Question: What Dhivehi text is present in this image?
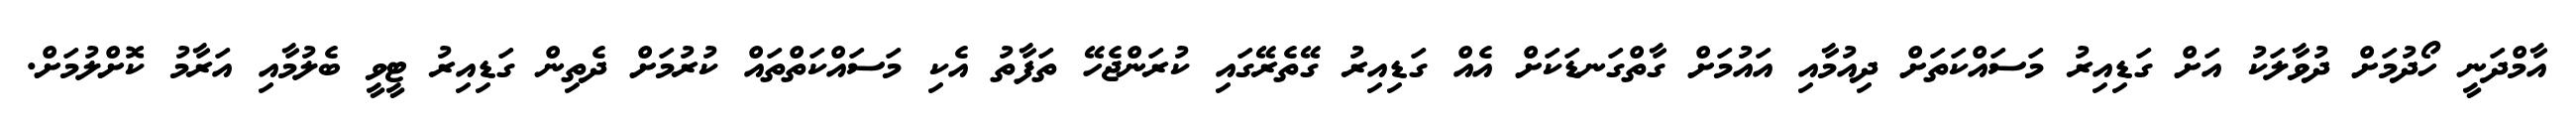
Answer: އާމްދަނީ ހޯދުމަށް ދުވާލަކު އަށް ގަޑިއިރު މަސައްކަތަށް ދިއުމާއި އައުމަށް ގާތްގަނޑަކަށް އެއް ގަޑިއިރު ގޭތެރޭގައި ކުރަންޖެހޭ ތަފާތު އެކި މަސައްކަތްތައް ކުރުމަށް ދެތިން ގަޑިއިރު ޓީވީ ބެލުމާއި އަރާމު ކޮށްލުމަށް.